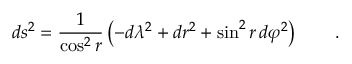
d s ^ { 2 } = \frac 1 { \cos ^ { 2 } r } \left( - d \lambda ^ { 2 } + d r ^ { 2 } + \sin ^ { 2 } r \, d \varphi ^ { 2 } \right) \qquad .